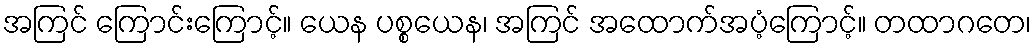
အကြင် ကြောင်းကြောင့်။ ယေန ပစ္စယေန၊ အကြင် အထောက်အပံ့ကြောင့်။ တထာဂတေ၊